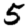
Digit: 5